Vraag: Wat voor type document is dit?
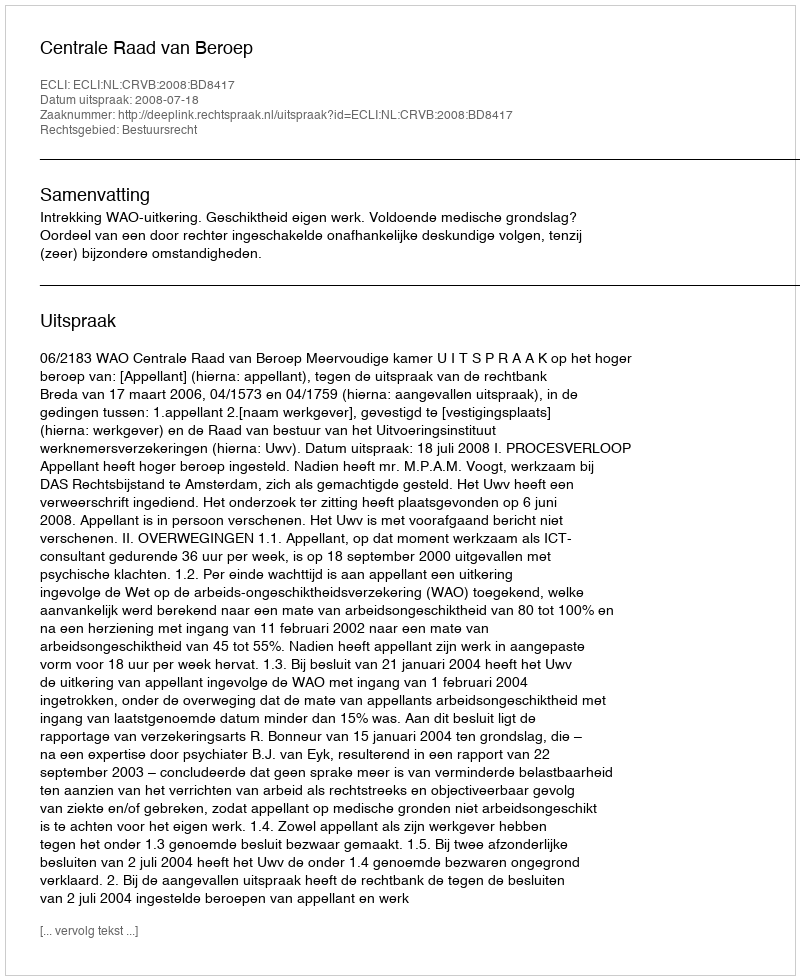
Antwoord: Uitspraak